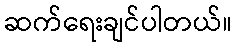
ဆက်ရေးချင်ပါတယ်။